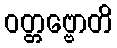
ဝတ္တဗ္ဗောတိ